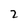
Character: 2